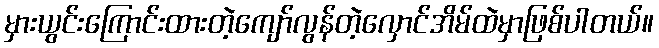
မှားယွင်းကြောင်းထားတဲ့ကျော်လွန်တဲ့လှောင်အိမ်ထဲမှာဖြစ်ပါတယ်။